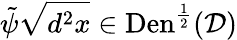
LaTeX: \tilde{\psi}\sqrt{d^{2}x}\in\mathrm{Den}^{\frac{1}{2}}(\mathcal{D})